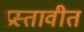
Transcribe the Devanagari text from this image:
प्रस्तावीत